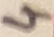
Text: 4